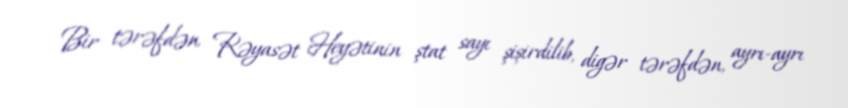
Bir tərəfdən Rəyasət Heyətinin ştat sayı şişirdilib, digər tərəfdən, ayrı-ayrı